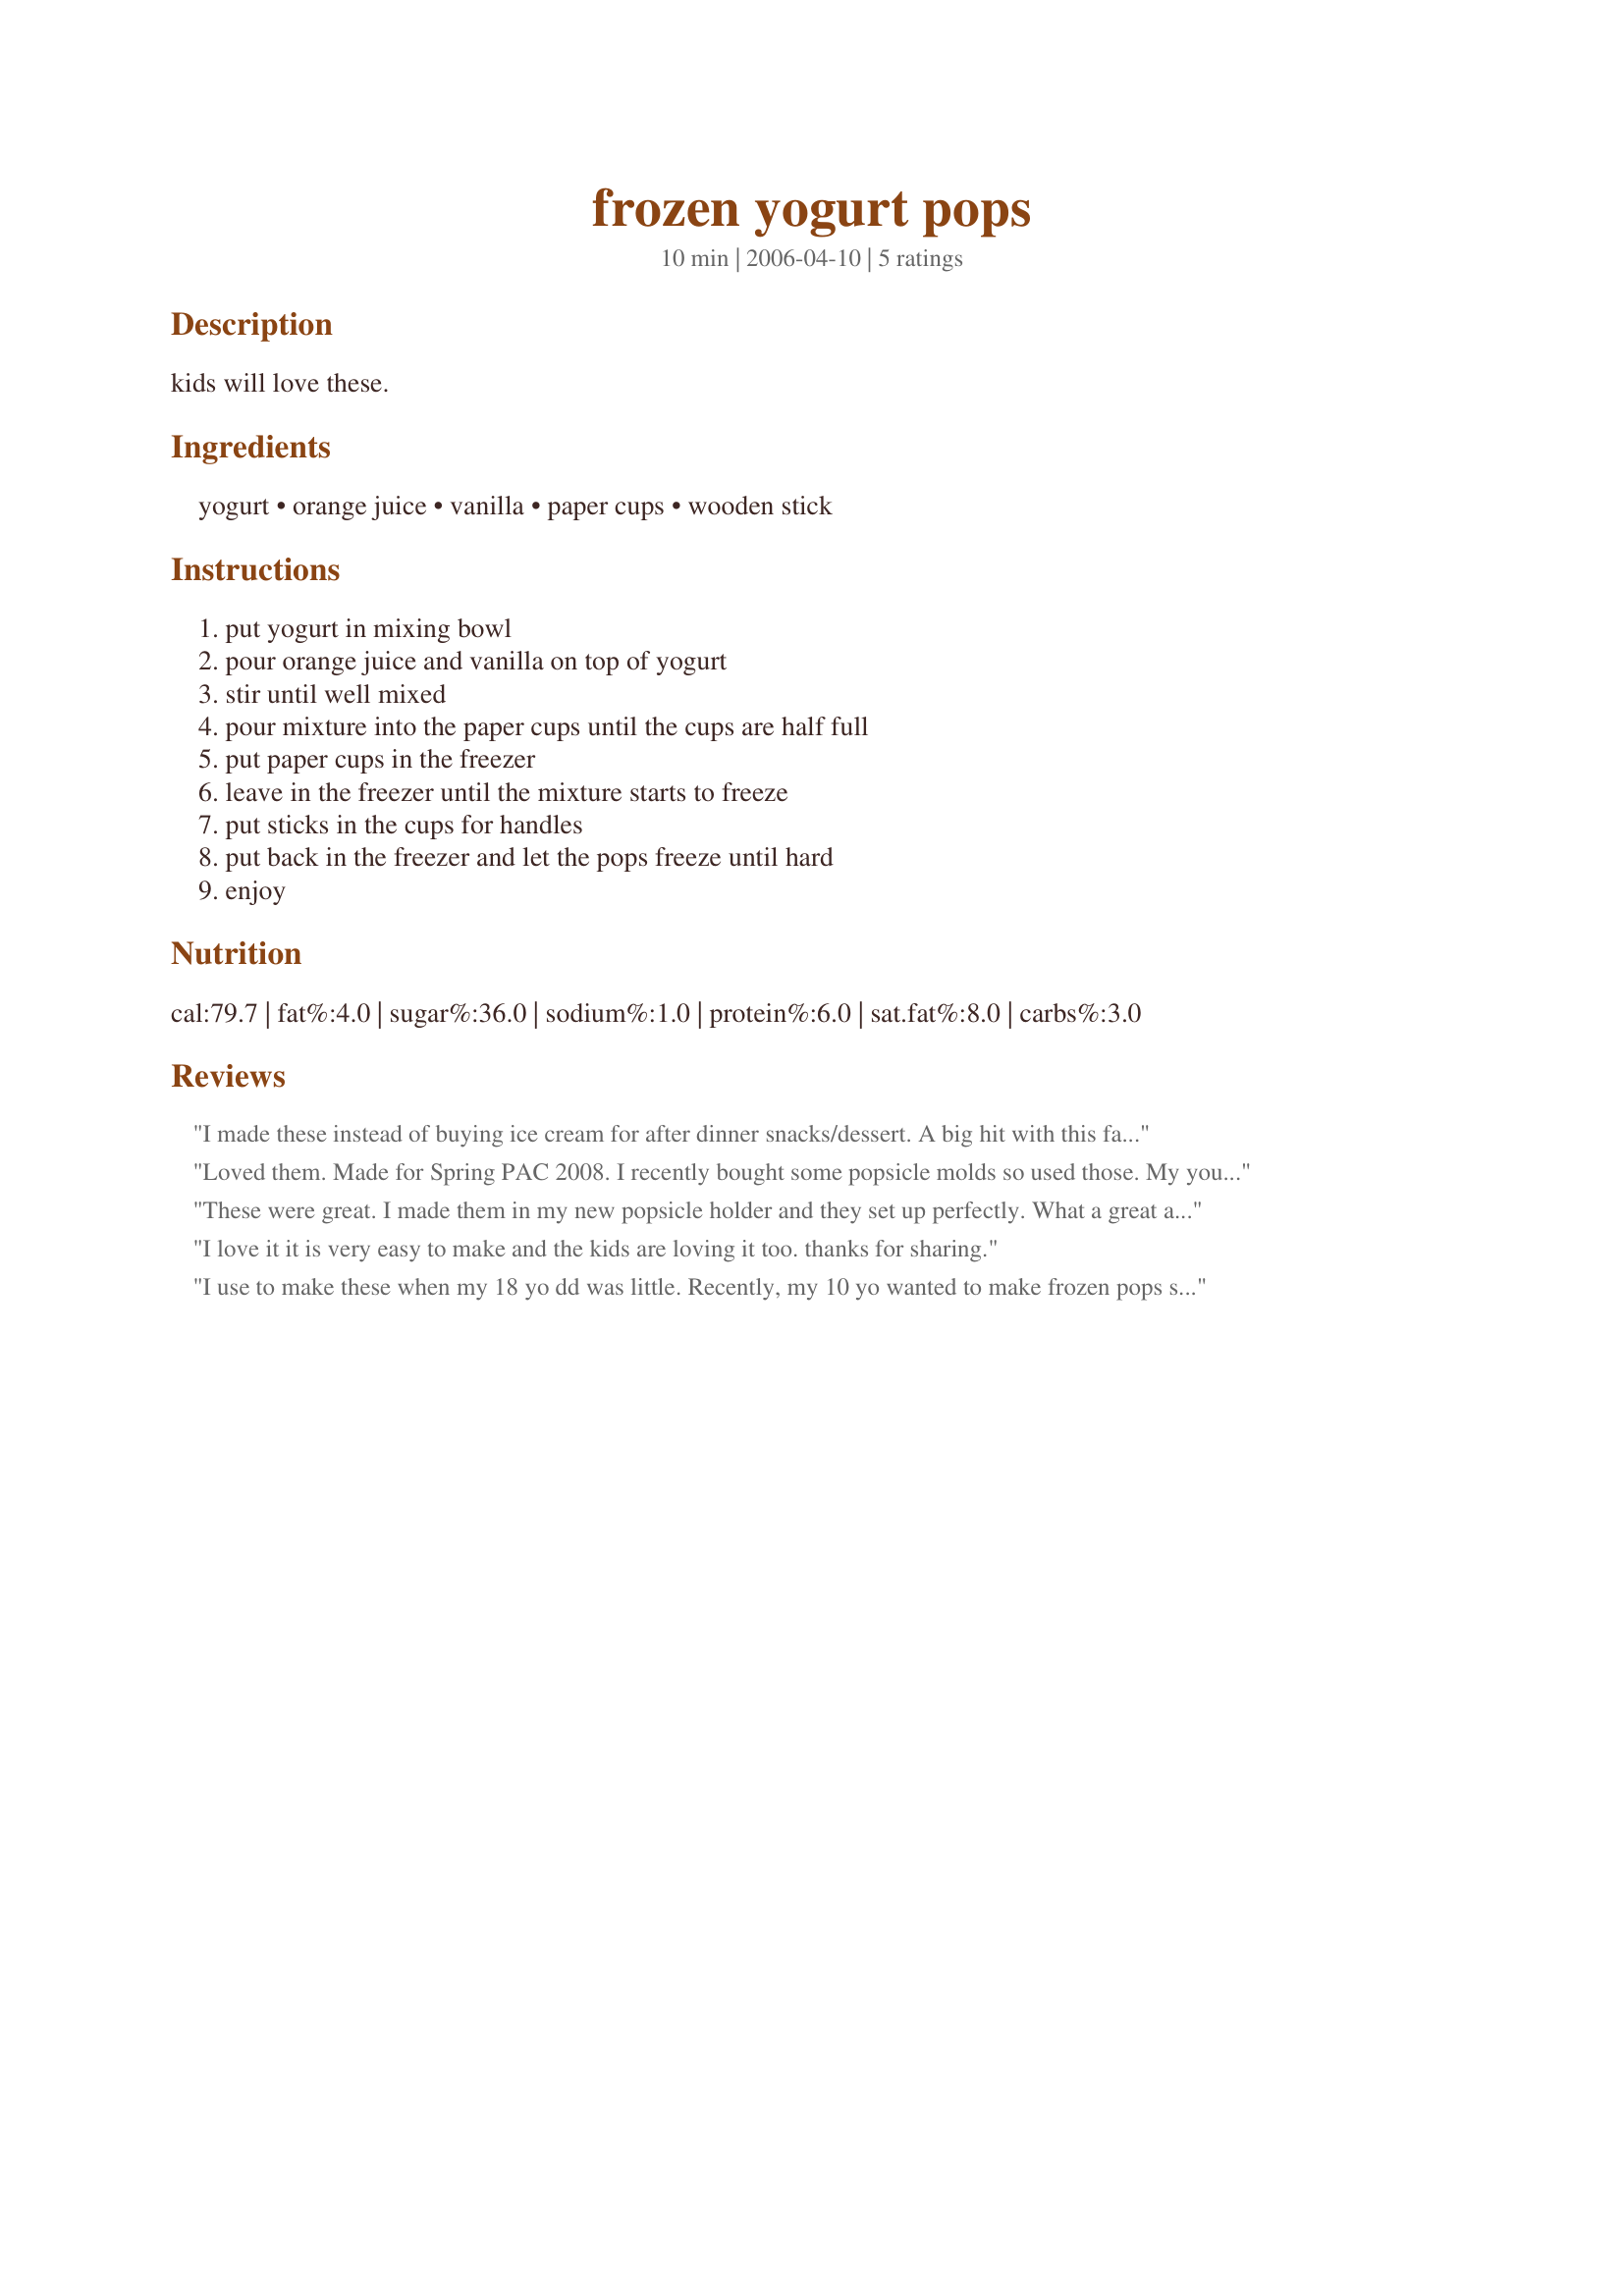
frozen yogurt pops
Preparation time: 10 minutes

kids will love these.

Ingredients:
yogurt, orange juice, vanilla, paper cups, wooden stick

Steps:
put yogurt in mixing bowl, pour orange juice and vanilla on top of yogurt, stir until well mixed, pour mixture into the paper cups until the cups are half full, put paper cups in the freezer, leave in the freezer until the mixture starts to freeze, put sticks in the cups for handles, put back in the freezer and let the pops freeze until hard, enjoy

Reviews:
I made these instead of buying ice cream for after dinner snacks/dessert. A big hit with this family who is trying to eat a bit more healthy these days. Thanks for a nutritious, delicious and satisfying treat!
Loved them. Made for Spring PAC 2008. I recently bought some popsicle molds so used those. My youngest loved helping to make these and loved to eat them even more! These were very easy to make and set up nicely. Had never made popsicles before and will be making these again.
These were great. I made them in my new popsicle holder and they set up perfectly. What a great afterschool treat.
I love it it is very easy to make and the kids are loving it too.
thanks for sharing.
I use to make these when my 18 yo dd was little. Recently, my 10 yo wanted to make frozen pops so I found your recipe to make for old times-sake. I left out the vanilla as we used vanilla flavored yogurt. Turned out great. Pam
